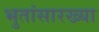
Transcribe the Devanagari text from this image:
भुतांसारख्या